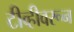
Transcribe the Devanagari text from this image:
टीव्हीवरून